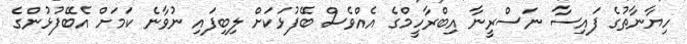
ހިޔާނާތުގެ ފައިސާ ނަސްރީނާ އިބްރާހީމްގެ އެއްވެސް ބޭފުޅަކަށް ލިބިފައި ނުވާނެ ކަމަަށް އެބޭފުޅުންގެ